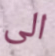
الى